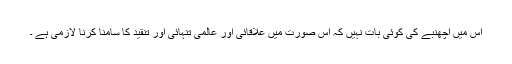
اس میں اچھنبے کی کوئی بات نہیں کہ اس صورت میں علاقائی اور عالمی تنہائی اور تنقید کا سامنا کرنا لازمی ہے ۔